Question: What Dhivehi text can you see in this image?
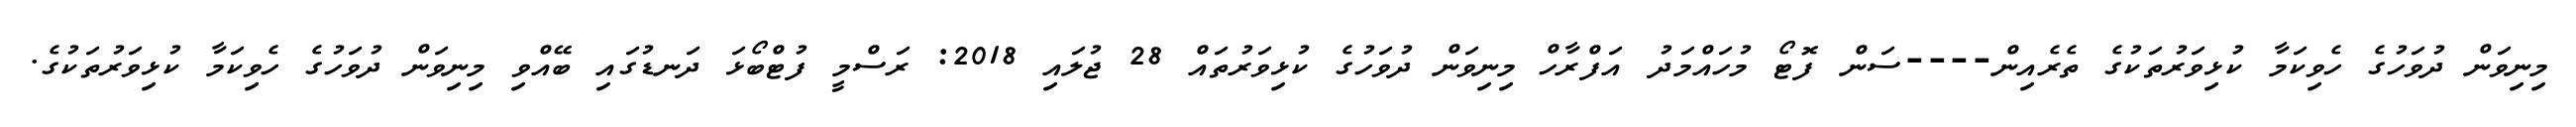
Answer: މިނިވަން ދުވަހުގެ ހެވިކަމާ ކުޅިވަރުތަކުގެ ތެރެއިން----ސަން ފޮޓޯ މުހައްމަދު އަފްރާހް މިނިވަން ދުވަހުގެ ކުޅިވަރުތައް 28 ޖުލައި 2018: ރަސްމީ ފުޓްބޯޅަ ދަނޑުގައި ބޭއްވި މިނިވަން ދުވަހުގެ ހެވިކަމާ ކުޅިވަރުތަކުގެ.